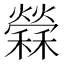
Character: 𥣻